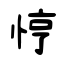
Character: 悙